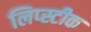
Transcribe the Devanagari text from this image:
लिप्स्टीक